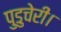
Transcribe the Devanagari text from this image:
पुडुचेरी।